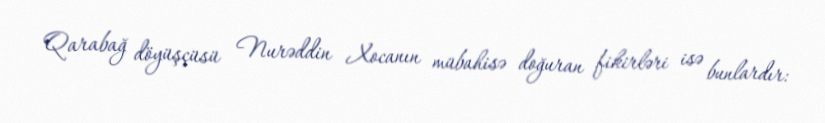
Qarabağ döyüşçüsü Nurəddin Xocanın mübahisə doğuran fikirləri isə bunlardır: